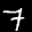
Label: 7